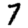
Digit: 7